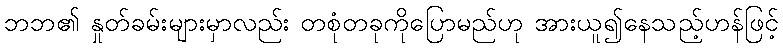
ဘဘ၏ နှုတ်ခမ်းများမှာလည်း တစုံတခုကိုပြောမည်ဟု အားယူ၍နေသည့်ဟန်ဖြင့်